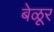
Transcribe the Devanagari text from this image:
बेळूर